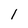
Character: I